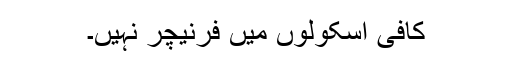
کافی اسکولوں میں فرنیچر نہیں۔